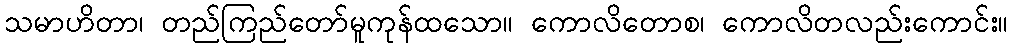
သမာဟိတာ၊ တည်ကြည်တော်မူကုန်ထသော။ ကောလိတောစ၊ ကောလိတလည်းကောင်း။